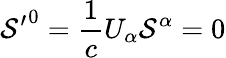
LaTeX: {\mathcal{S}^{\prime}}^{0}={\frac{{1}}{{c}}}U_{\alpha}\mathcal{S}^{\alpha}=0